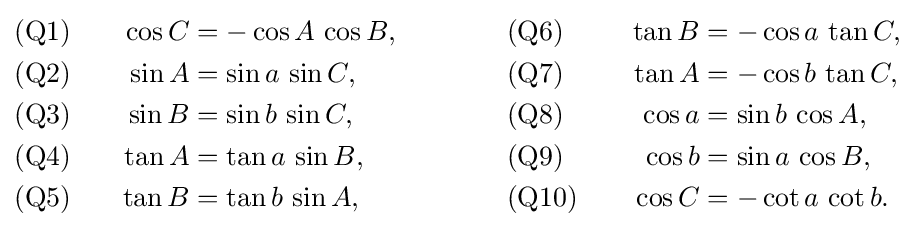
{\begin{alignedat}{4}&{\text{(Q1)}}&\qquad \cos C&=-\cos A\,\cos B,&\qquad \qquad &{\text{(Q6)}}&\qquad \tan B&=-\cos a\,\tan C,\\&{\text{(Q2)}}&\sin A&=\sin a\,\sin C,&&{\text{(Q7)}}&\tan A&=-\cos b\,\tan C,\\&{\text{(Q3)}}&\sin B&=\sin b\,\sin C,&&{\text{(Q8)}}&\cos a&=\sin b\,\cos A,\\&{\text{(Q4)}}&\tan A&=\tan a\,\sin B,&&{\text{(Q9)}}&\cos b&=\sin a\,\cos B,\\&{\text{(Q5)}}&\tan B&=\tan b\,\sin A,&&{\text{(Q10)}}&\cos C&=-\cot a\,\cot b.\end{alignedat}}